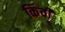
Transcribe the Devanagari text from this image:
किंवी